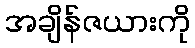
အချိန်ဇယားကို